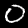
Label: 0